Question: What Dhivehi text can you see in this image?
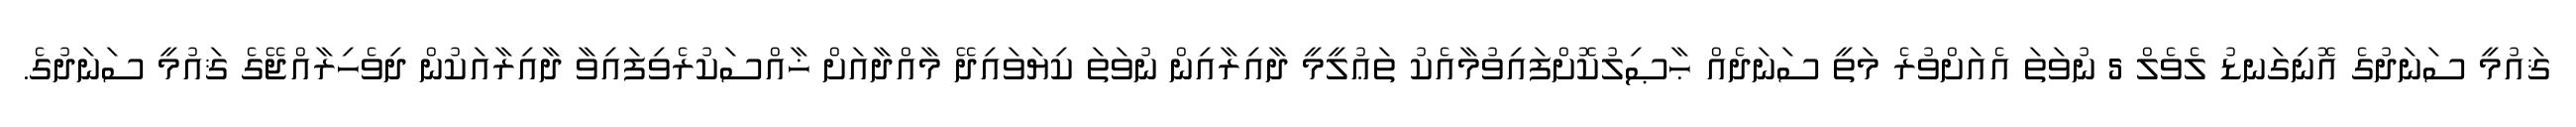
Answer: ޤައުމީ ސަނަދުގެ އޮނިގަނޑު ލެވެލް 5 ނުވަތަ އެއަށްވުރެ މަތީ ސަނަދެއް ޙާޞިލުކޮށްފައިވުމާއެކު ތަޢުލީމީ ދާއިރާއިން ނުވަތަ ކިޔަވައިދޭ މާއްދާއަށް ޚާއްސަކުރެވިފައިވާ ދާއިރާއަކުން ދިވެހިރާއްޖޭގެ ޤައުމީ ސަނަދުގެ.